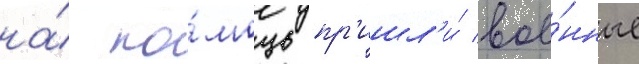
на́ по́мощь пр'ишл'и́ вое́нные